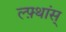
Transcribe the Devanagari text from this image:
ल्फ़्थांस्